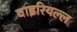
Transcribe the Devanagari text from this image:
वाइरियल्ल